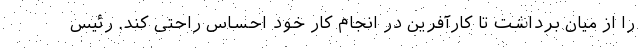
را از میان برداشت تا کارآفرین در انجام کار خود احساس راحتی کند. رئیس